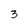
Character: 3